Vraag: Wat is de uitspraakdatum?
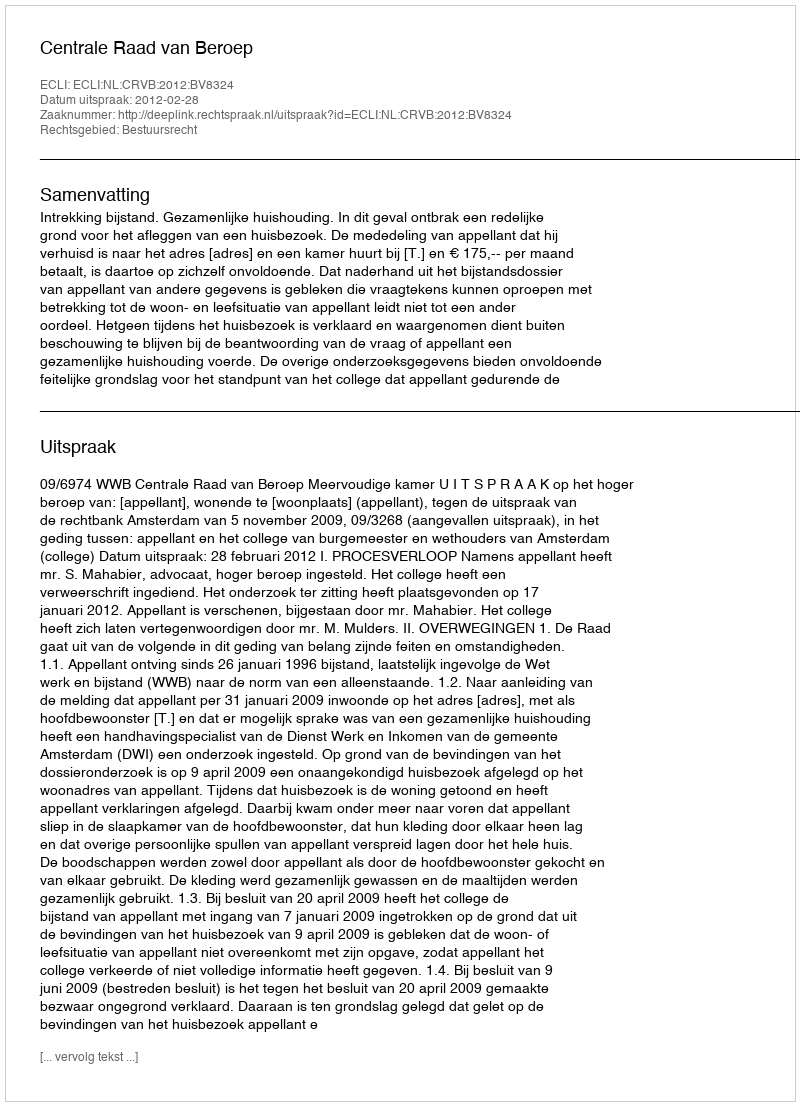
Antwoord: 2012-02-28